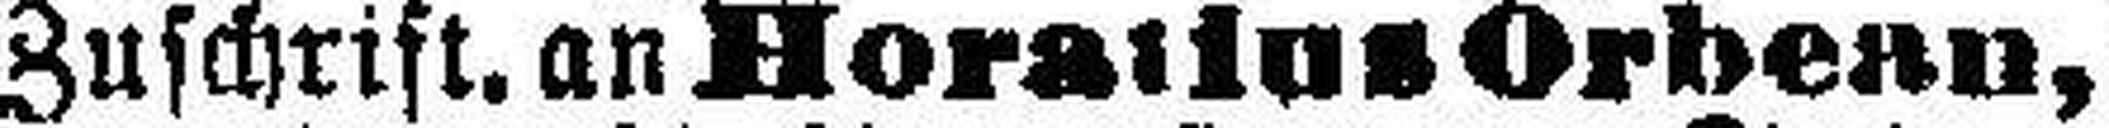
Zuschrift. an Horatius Orbean,